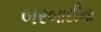
બરબાદીના